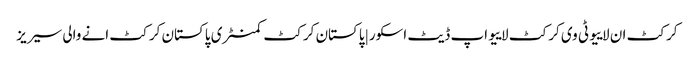
کرکٹ ان لاییو ٹی وی کرکٹ لاییو اپ ڈیٹ اسکور | پاکستان کرکٹ کمنٹری پاکستان کرکٹ انے والی سیریز